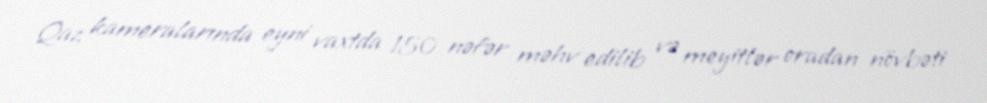
Qaz kameralarında eyni vaxtda 150 nəfər məhv edilib və meyitlər oradan növbəti